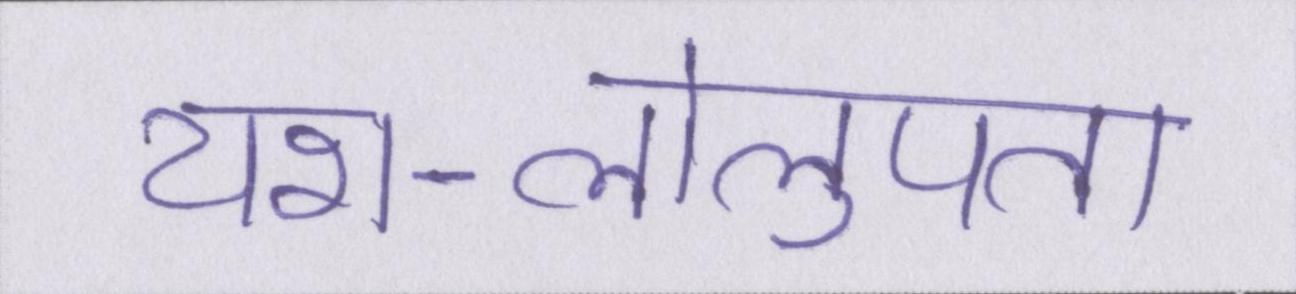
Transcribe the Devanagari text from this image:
यश-लोलुपता